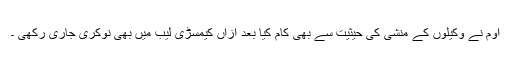
اوم نے وکیلوں کے منشی کی حیثیت سے بھی کام کیا بعد ازاں کیمسڑی لیب میں بھی نوکری جاری رکھی ۔